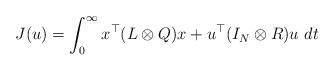
LaTeX: \begin{align*}J(u) = \int_{0}^{\infty}x^{\top}(L\otimes Q)x +u^{\top}(I_N\otimes R)u \ dt\end{align*}